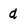
Character: d